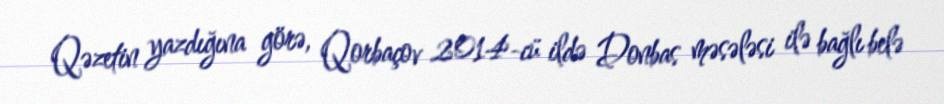
Qəzetin yazdığına görə, Qorbaçov 2014-cü ildə Donbas məsələsi ilə bağlı belə